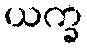
ယက္ခ